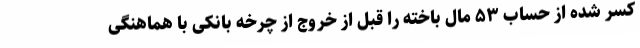
کسر شده از حساب ۵۳ مال باخته را قبل از خروج از چرخه بانکی با هماهنگی